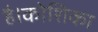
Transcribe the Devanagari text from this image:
है।कोशिका